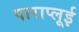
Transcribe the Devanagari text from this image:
पाराप्लूई